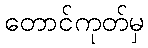
တောင်ကုတ်မှ